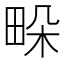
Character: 𤱧